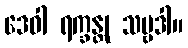
ဒေဝါ ရက္ခန္တု သဗ္ဗဒါ။